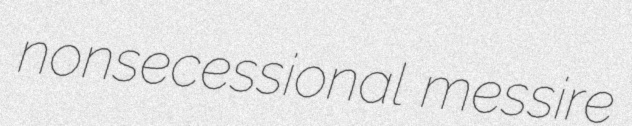
nonsecessional messire